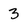
Character: 3